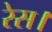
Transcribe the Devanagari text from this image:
रेस।